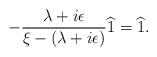
LaTeX: \begin{align*}-\frac{\lambda+i\epsilon}{\xi-(\lambda+i\epsilon)}\widehat 1=\widehat 1.\end{align*}